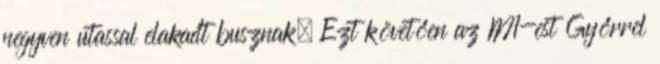
negyven utassal elakadt busznak. Ezt követően az M1-est Győrrel